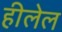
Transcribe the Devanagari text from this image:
हीलेल